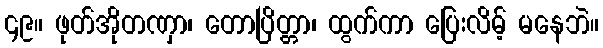
၄၉။ ဖုတ်အိုတဏှာ၊ တောပြိတ္တာ၊ ထွက်ကာ ပြေးလိမ့် မနေဘဲ။